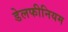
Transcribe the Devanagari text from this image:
डेलफीनियम